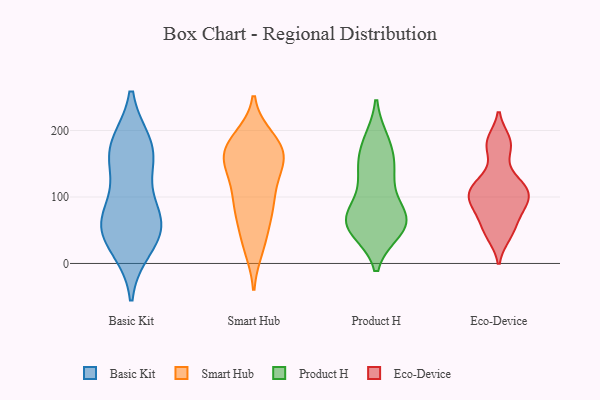
{"axis": {"x": "Population (Million)", "y": "Value"}, "legend": ["Basic Kit", "Eco-Device", "Product H", "Smart Hub"], "data": [{"x": "", "y": 71, "type": "Basic Kit"}, {"x": "", "y": 178, "type": "Basic Kit"}, {"x": "", "y": 79, "type": "Basic Kit"}, {"x": "", "y": 41, "type": "Basic Kit"}, {"x": "", "y": 156, "type": "Basic Kit"}, {"x": "", "y": 178, "type": "Basic Kit"}, {"x": "", "y": 157, "type": "Basic Kit"}, {"x": "", "y": 25, "type": "Basic Kit"}, {"x": "", "y": 57, "type": "Basic Kit"}, {"x": "", "y": 56, "type": "Basic Kit"}, {"x": "", "y": 154, "type": "Smart Hub"}, {"x": "", "y": 151, "type": "Smart Hub"}, {"x": "", "y": 45, "type": "Smart Hub"}, {"x": "", "y": 152, "type": "Smart Hub"}, {"x": "", "y": 110, "type": "Smart Hub"}, {"x": "", "y": 180, "type": "Smart Hub"}, {"x": "", "y": 163, "type": "Smart Hub"}, {"x": "", "y": 175, "type": "Smart Hub"}, {"x": "", "y": 189, "type": "Smart Hub"}, {"x": "", "y": 177, "type": "Smart Hub"}, {"x": "", "y": 83, "type": "Smart Hub"}, {"x": "", "y": 184, "type": "Smart Hub"}, {"x": "", "y": 74, "type": "Smart Hub"}, {"x": "", "y": 77, "type": "Smart Hub"}, {"x": "", "y": 143, "type": "Smart Hub"}, {"x": "", "y": 104, "type": "Smart Hub"}, {"x": "", "y": 149, "type": "Smart Hub"}, {"x": "", "y": 26, "type": "Smart Hub"}, {"x": "", "y": 23, "type": "Smart Hub"}, {"x": "", "y": 99, "type": "Smart Hub"}, {"x": "", "y": 126, "type": "Product H"}, {"x": "", "y": 62, "type": "Product H"}, {"x": "", "y": 56, "type": "Product H"}, {"x": "", "y": 128, "type": "Product H"}, {"x": "", "y": 67, "type": "Product H"}, {"x": "", "y": 67, "type": "Product H"}, {"x": "", "y": 158, "type": "Product H"}, {"x": "", "y": 74, "type": "Product H"}, {"x": "", "y": 68, "type": "Product H"}, {"x": "", "y": 147, "type": "Product H"}, {"x": "", "y": 183, "type": "Product H"}, {"x": "", "y": 183, "type": "Product H"}, {"x": "", "y": 55, "type": "Product H"}, {"x": "", "y": 51, "type": "Product H"}, {"x": "", "y": 175, "type": "Eco-Device"}, {"x": "", "y": 80, "type": "Eco-Device"}, {"x": "", "y": 90, "type": "Eco-Device"}, {"x": "", "y": 184, "type": "Eco-Device"}, {"x": "", "y": 107, "type": "Eco-Device"}, {"x": "", "y": 124, "type": "Eco-Device"}, {"x": "", "y": 116, "type": "Eco-Device"}, {"x": "", "y": 43, "type": "Eco-Device"}, {"x": "", "y": 100, "type": "Eco-Device"}, {"x": "", "y": 55, "type": "Eco-Device"}]}